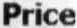
PRICE